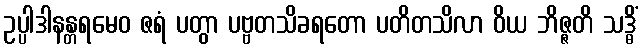
ဥပ္ပါဒါနန္တရမေဝ ဇရံ ပတွာ ပဗ္ဗတသိခရတော ပတိတသိလာ ဝိယ ဘိဇ္ဇတိ သဒ္ဓိံ